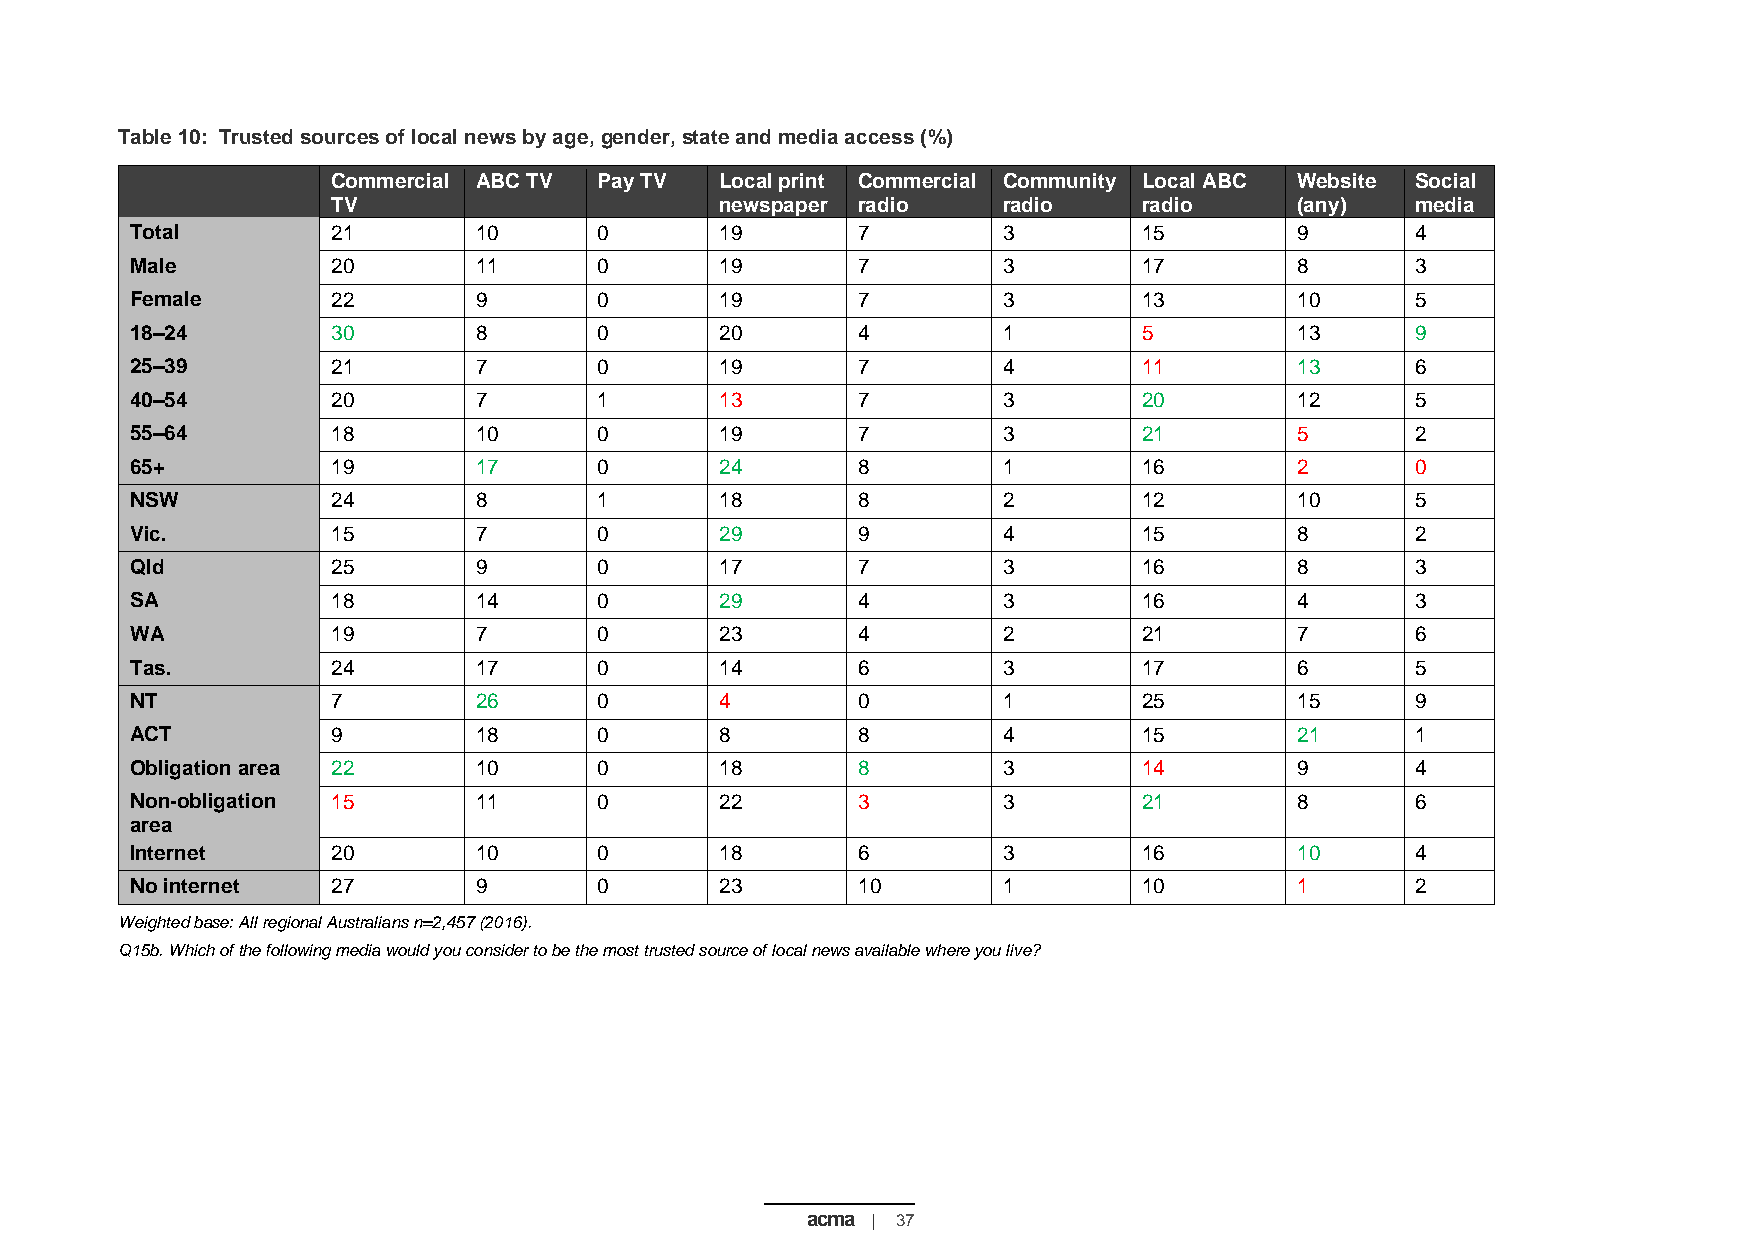
Table 10: Trusted sources of local news by age, gender, state and media access (%)
 Commercial ABC TV Pay TV  Local print Commercial Community Local ABC Website Social
 TV                        newspaper radio   radio     radio     (any)   media
 Total        21       10       0       19       7        3         15        9       4
 Male         20       11       0       19       7        3         17        8       3
 Female       22       9        0       19       7        3         13        10      5
 18–24        30       8        0       20       4        1         5         13      9
 25–39        21       7        0       19       7        4         11        13      6
 40–54        20       7        1       13       7        3         20        12      5
 55–64        18       10       0       19       7        3         21        5       2
 65+          19       17       0       24       8        1         16        2       0
 NSW          24       8        1       18       8        2         12        10      5
 Vic.         15       7        0       29       9        4         15        8       2
 Qld          25       9        0       17       7        3         16        8       3
 SA           18       14       0       29       4        3         16        4       3
 WA           19       7        0       23       4        2         21        7       6
 Tas.         24       17       0       14       6        3         17        6       5
 NT           7        26       0       4        0        1         25        15      9
 ACT          9        18       0       8        8        4         15        21      1
 Obligation area 22    10       0       18       8        3         14        9       4
 Non-obligation 15     11       0       22       3        3         21        8       6
 area
 Internet     20       10       0       18       6        3         16        10      4
 No internet  27       9        0       23       10       1         10        1       2
 Weighted base: All regional Australians n=2,457 (2016).
 Q15b. Which of the following media would you consider to be the most trusted source of local news available where you live?
 acma | 37